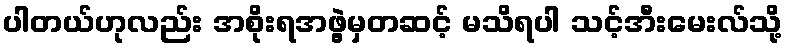
ပါတယ်ဟုလည်း အစိုးရအဖွဲ့မှတဆင့် မသိရပါ သင့်အီးမေးလ်သို့